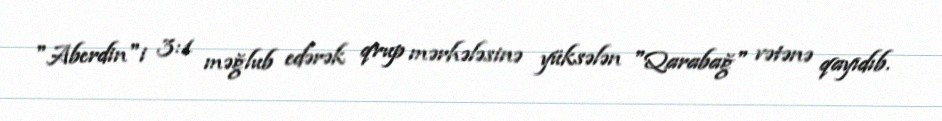
"Aberdin"i 3:1 məğlub edərək qrup mərhələsinə yüksələn "Qarabağ" vətənə qayıdıb.